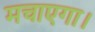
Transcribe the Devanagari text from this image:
मचाएगा।